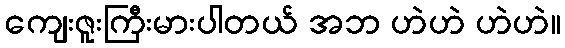
ကျေးဇူးကြီးမားပါတယ် အဘ ဟဲဟဲ ဟဲဟဲ။